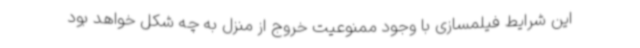
این شرایط فیلمسازی با وجود ممنوعیت خروج از منزل به چه شکل خواهد بود